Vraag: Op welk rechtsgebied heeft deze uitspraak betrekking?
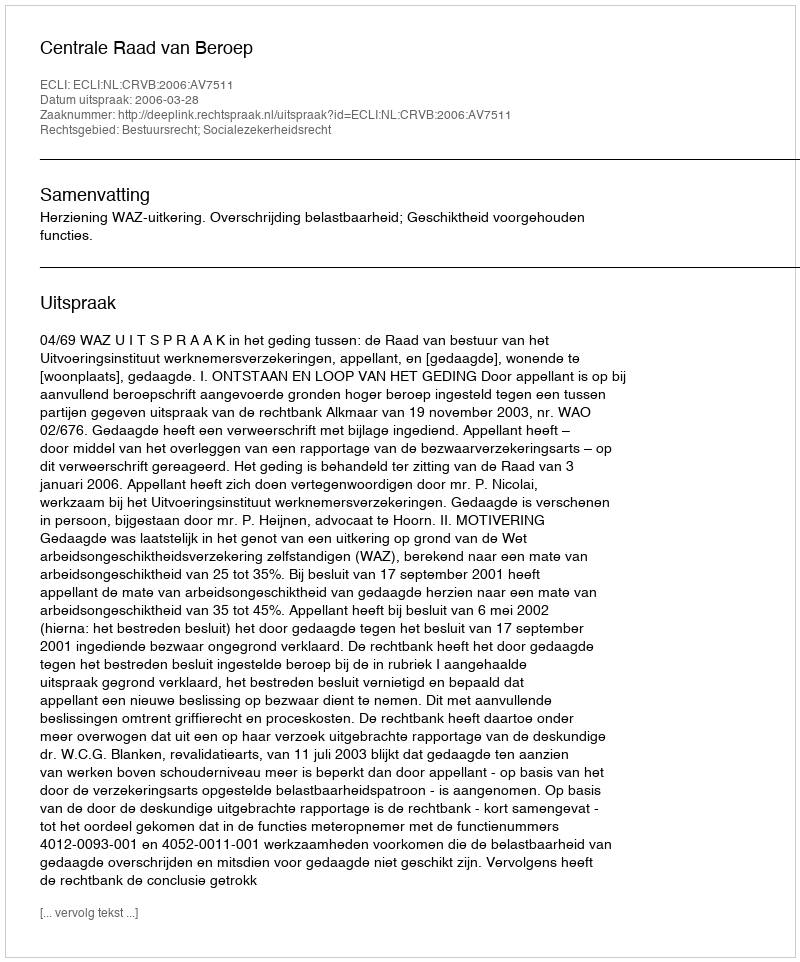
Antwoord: Bestuursrecht; Socialezekerheidsrecht